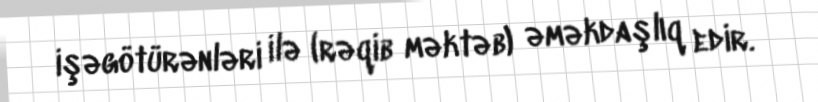
işəgötürənləri ilə (rəqib məktəb) əməkdaşlıq edir.